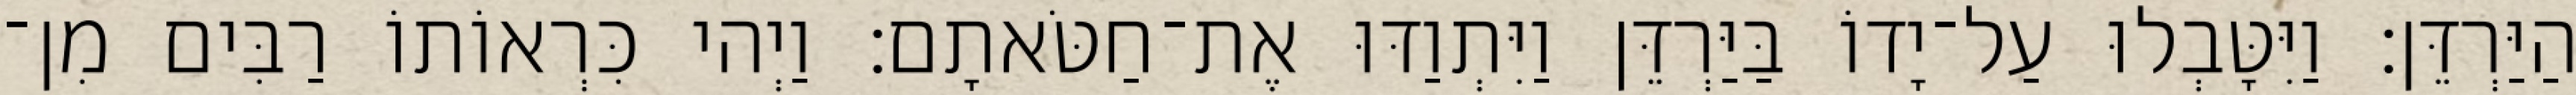
הַיַּרְדֵּן׃ וַיִּטָּבְלוּ עַל־יָדוֹ בַּיַּרְדֵּן וַיִּתְוַדּוּ אֶת־חַטֹּאתָם׃ וַיְהי כִּרְאוֹתוֹ רַבִּים מִן־